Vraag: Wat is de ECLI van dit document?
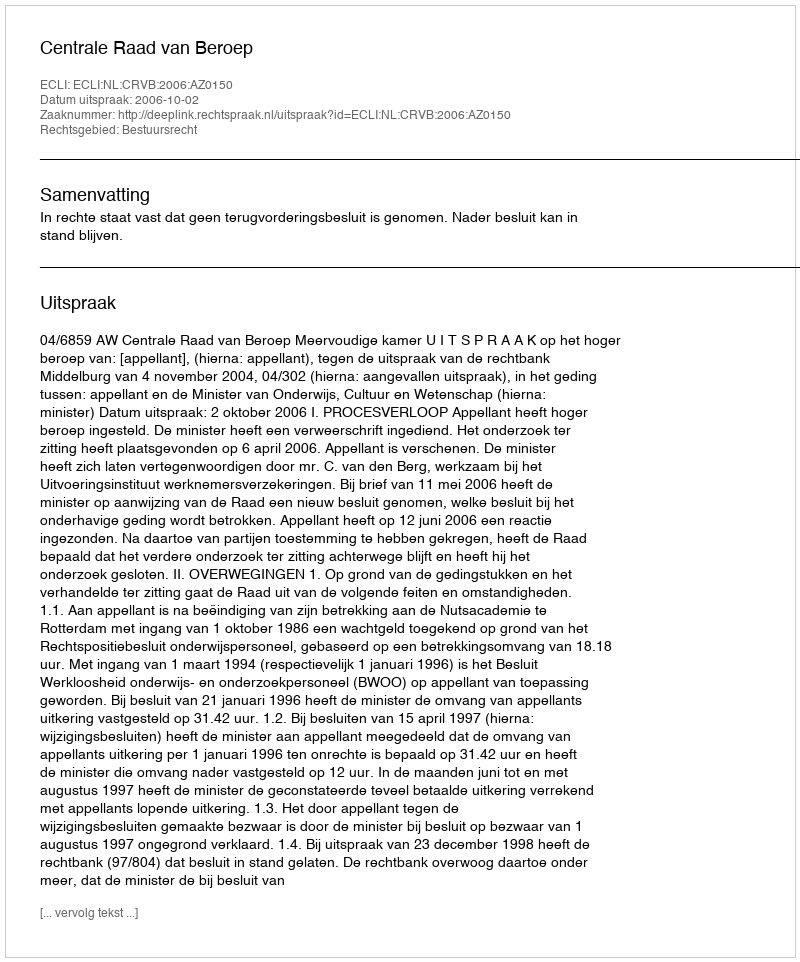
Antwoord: ECLI:NL:CRVB:2006:AZ0150